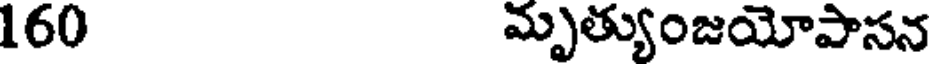
160 మృత్యుంజయోపాసన